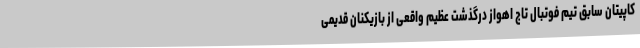
کاپیتان سابق تیم فوتبال تاج اهواز درگذشت عظیم واقعی از بازیکنان قدیمی